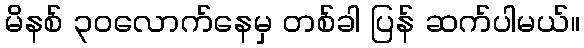
မိနစ် ၃၀လောက်နေမှ တစ်ခါ ပြန် ဆက်ပါမယ်။